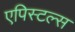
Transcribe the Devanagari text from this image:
एपिस्टल्स